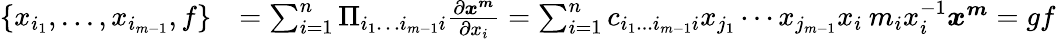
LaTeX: \begin{array}{rl}{\{ x_{i_{1}},...,x_{i_{m-1}},f\} }&{=\sum_{i=1}^{n}\Pi_{i_{1}\dots i_{m-1}i}{\frac{\partial\boldsymbol x^{\boldsymbol m}}{\partial x_{i}}}=\sum_{i=1}^{n}c_{i_{1}...i_{m-1}i}x_{j_{1}}\cdots x_{j_{m-1}}x_{i}\: m_{i}x_{i}^{-1}\boldsymbol x^{\boldsymbol m}=gf}\end{array}